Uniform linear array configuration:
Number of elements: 8
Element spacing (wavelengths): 1
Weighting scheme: exponential
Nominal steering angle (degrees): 30
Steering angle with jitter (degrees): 29.196
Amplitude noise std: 0.05
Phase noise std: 0.05

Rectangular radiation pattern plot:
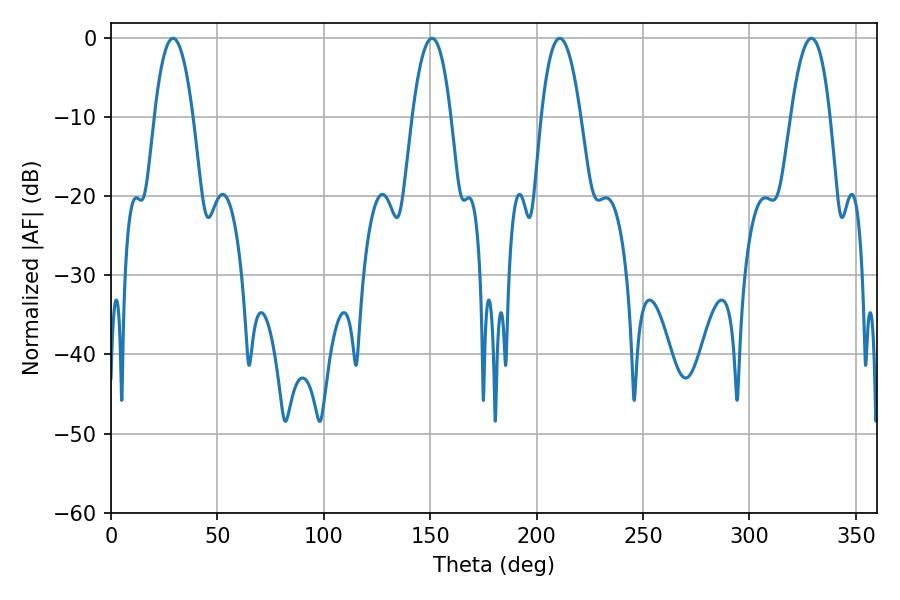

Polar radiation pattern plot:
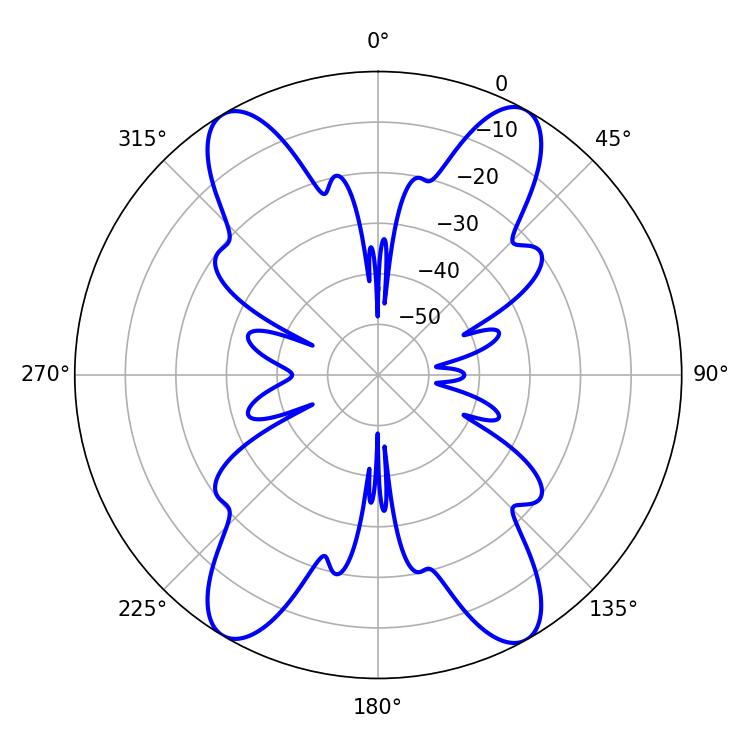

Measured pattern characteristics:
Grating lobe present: TRUE
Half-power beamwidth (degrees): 9.9
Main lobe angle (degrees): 29.16